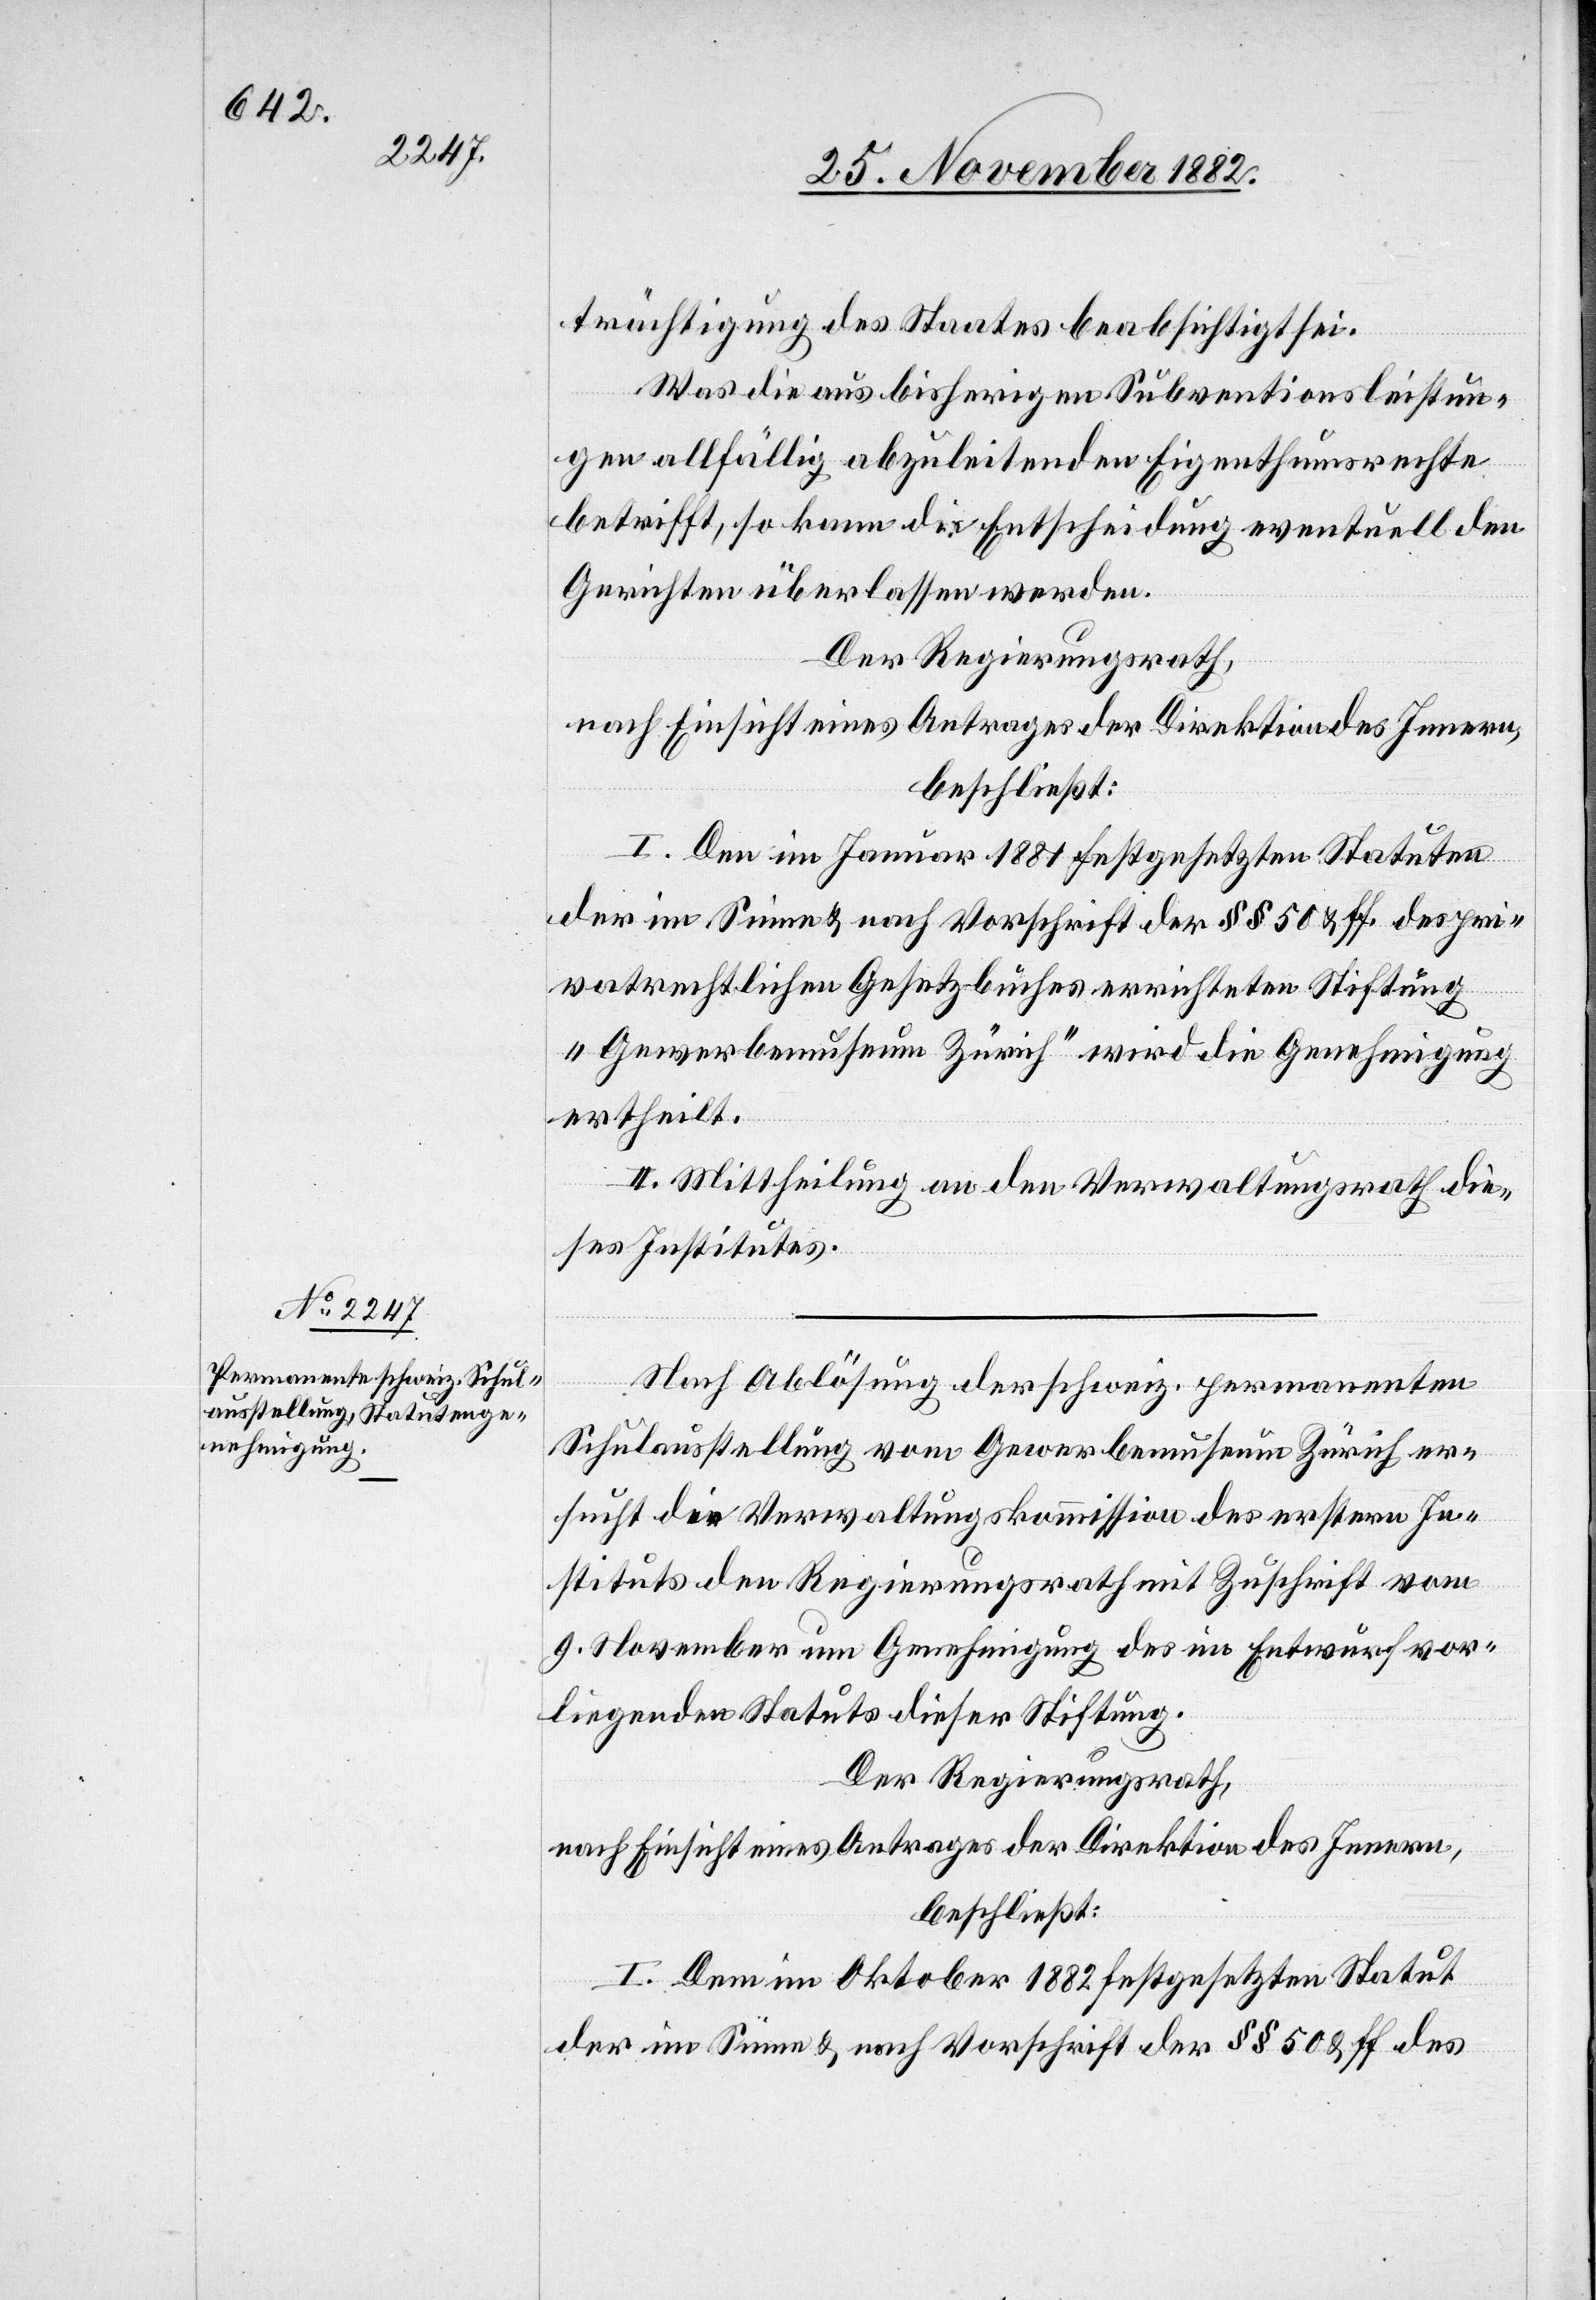
trächtigung des Staates beabsichtigt sei.
Was die aus bisherigen Subventionsleistun¬
gen allfällig abzuleitenden Eigenthumsrechte
betrifft, so kann die Entscheidung eventuell den
Gerichten überlassen werden.
Der Regierungsrath,
nach Einsicht eines Antrages der Direktion des Innern,
beschließt:
I. Den im Januar 1881 festgesetzten Statuten
der im Sinne & nach Vorschrift der §§ 50 & ff. des pri¬
vatrechtlichen Gesetzbuches errichteten Stiftung
„Gewerbemuseum Zürich“ wird die Genehmigung
ertheilt.
II. Mittheilung an den Verwaltungsrath die¬
ses Institutes.
Nach Ablösung der schweiz. permanenten
Schulausstellung vom Gewerbemuseum Zürich er¬
sucht die Verwaltungskommission des erstern In¬
stituts den Regierungsrath mit Zuschrift vom
9. November um Genehmigung des im Entwurf vor¬
liegenden Statuts dieser Stiftung.
Der Regierungsrath,
I. Dem im Oktober 1882 festgesetzten Statut
der im Sinne & nach Vorschrift der §§ 50 & ff des